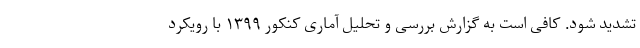
تشدید شود. کافی است به گزارش بررسی و تحلیل آماری کنکور ۱۳۹۹ با رویکرد